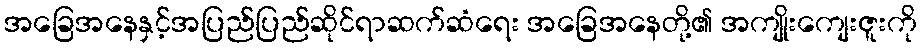
အခြေအနေနှင့်အပြည်ပြည်ဆိုင်ရာဆက်ဆံရေး အခြေအနေတို့၏ အကျိုးကျေးဇူးကို